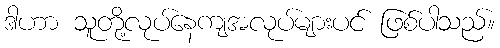
ဒါဟာ သူတို့လုပ်နေကျအလုပ်များပင် ဖြစ်ပါသည်။